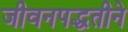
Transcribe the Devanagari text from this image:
जीवनपद्धतीने